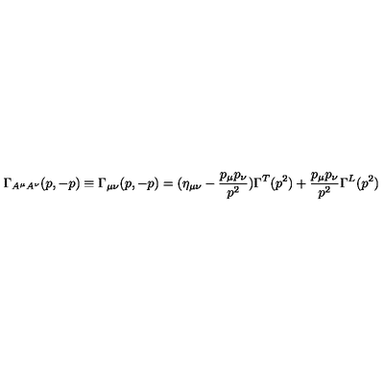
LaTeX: \Gamma _ { A ^ { \mu } A ^ { \nu } } ( p , - p ) \equiv \Gamma _ { \mu \nu } ( p , - p ) = ( \eta _ { \mu \nu } - \frac { p _ { \mu } p _ { \nu } } { p ^ { 2 } } ) \Gamma ^ { T } ( p ^ { 2 } ) + \frac { p _ { \mu } p _ { \nu } } { p ^ { 2 } } \Gamma ^ { L } ( p ^ { 2 } )